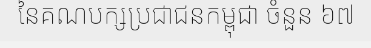
នៃគណបក្សប្រជាជនកម្ពុជា ចំនួន ៦៧